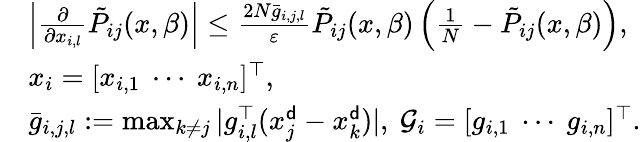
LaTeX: \begin{array}{rl}&{\left|\frac{\partial}{\partial x_{i,l}}\tilde{P}_{ij}(x,\beta)\right|\le\frac{2N\bar{g}_{i,j,l}}{\varepsilon}\tilde{P}_{ij}(x,\beta)\left(\frac{1}{N}-\tilde{P}_{ij}(x,\beta)\right),}\\ &{x_{i}=[x_{i,1}\ \cdots\ x_{i,n}]^{\top},}\\ &{\bar{g}_{i,j,l}:=\operatorname*{max}_{k\neq j}|g_{i,l}^{\top}(x_{j}^{\sf d}-x_{k}^{\sf d})|,\ {\mathcal G}_{i}=[g_{i,1}\ \cdots\ g_{i,n}]^{\top}.}\end{array}